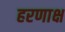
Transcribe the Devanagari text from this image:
हरणाक्ष